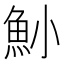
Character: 𩵖